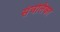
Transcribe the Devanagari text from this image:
संचलिका